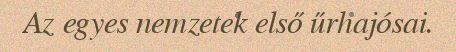
Az egyes nemzetek első űrhajósai.